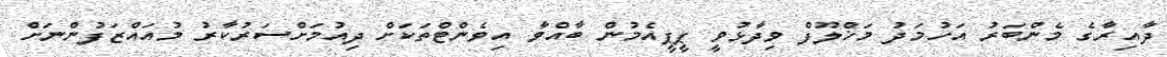
ދާއިރާގެ މެންބަރު އަހުމަދު މަޚްލޫފް ވިދާޅުވީ ޕީޕީއެމުން ބާއްވާ އިވެންޓްތަކަށް ދިއުމަށްސަރުކާރު މުއައްޒަފުންނަށް